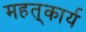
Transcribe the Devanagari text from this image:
महत्‌कार्य